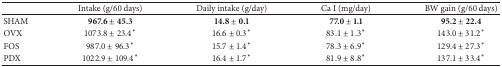
<table><thead><tr><td><b> </b></td><td><b>Intake (g/60 days)</b></td><td><b>Daily intake (g/day)</b></td><td><b>Ca I (mg/day)</b></td><td><b>BW gain (g/60 days)</b></td></tr></thead><tbody><tr><td>SHAM</td><td><b>967.6 </b>±<b> 45.3</b></td><td><b>14.8 </b>±<b> 0.1</b></td><td><b>77.0 </b>±<b> 1.1</b></td><td><b>95.2 </b>±<b> 22.4</b></td></tr><tr><td>OVX</td><td>1073.8 ± 23.4<sup>*</sup></td><td>16.6 ± 0.3<sup>*</sup></td><td>83.1 ± 1.3<sup>*</sup></td><td>143.0 ± 31.2<sup>*</sup></td></tr><tr><td>FOS</td><td>987.0 ± 96.3<sup>*</sup></td><td>15.7 ± 1.4<sup>*</sup></td><td>78.3 ± 6.9<sup>*</sup></td><td>129.4 ± 27.3<sup>*</sup></td></tr><tr><td>PDX</td><td>1022.9 ± 109.4<sup>*</sup></td><td>16.4 ± 1.7<sup>*</sup></td><td>81.9 ± 8.8<sup>*</sup></td><td>137.1 ± 33.4<sup>*</sup></td></tr></tbody></table>